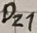
Text: DZ1